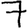
Digit: 7